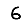
Digit: 6